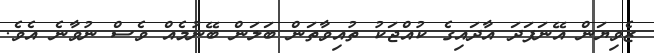
ޒެވިޔަން އޭނަފަދަ އާދައިގެ ކުއްޖަކު ތުއިވާތަން ބަލަން ބޭނުމެއް ވެސް ނުވާނެ އެވެ.